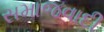
સમાજવાદી